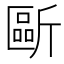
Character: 𣂻